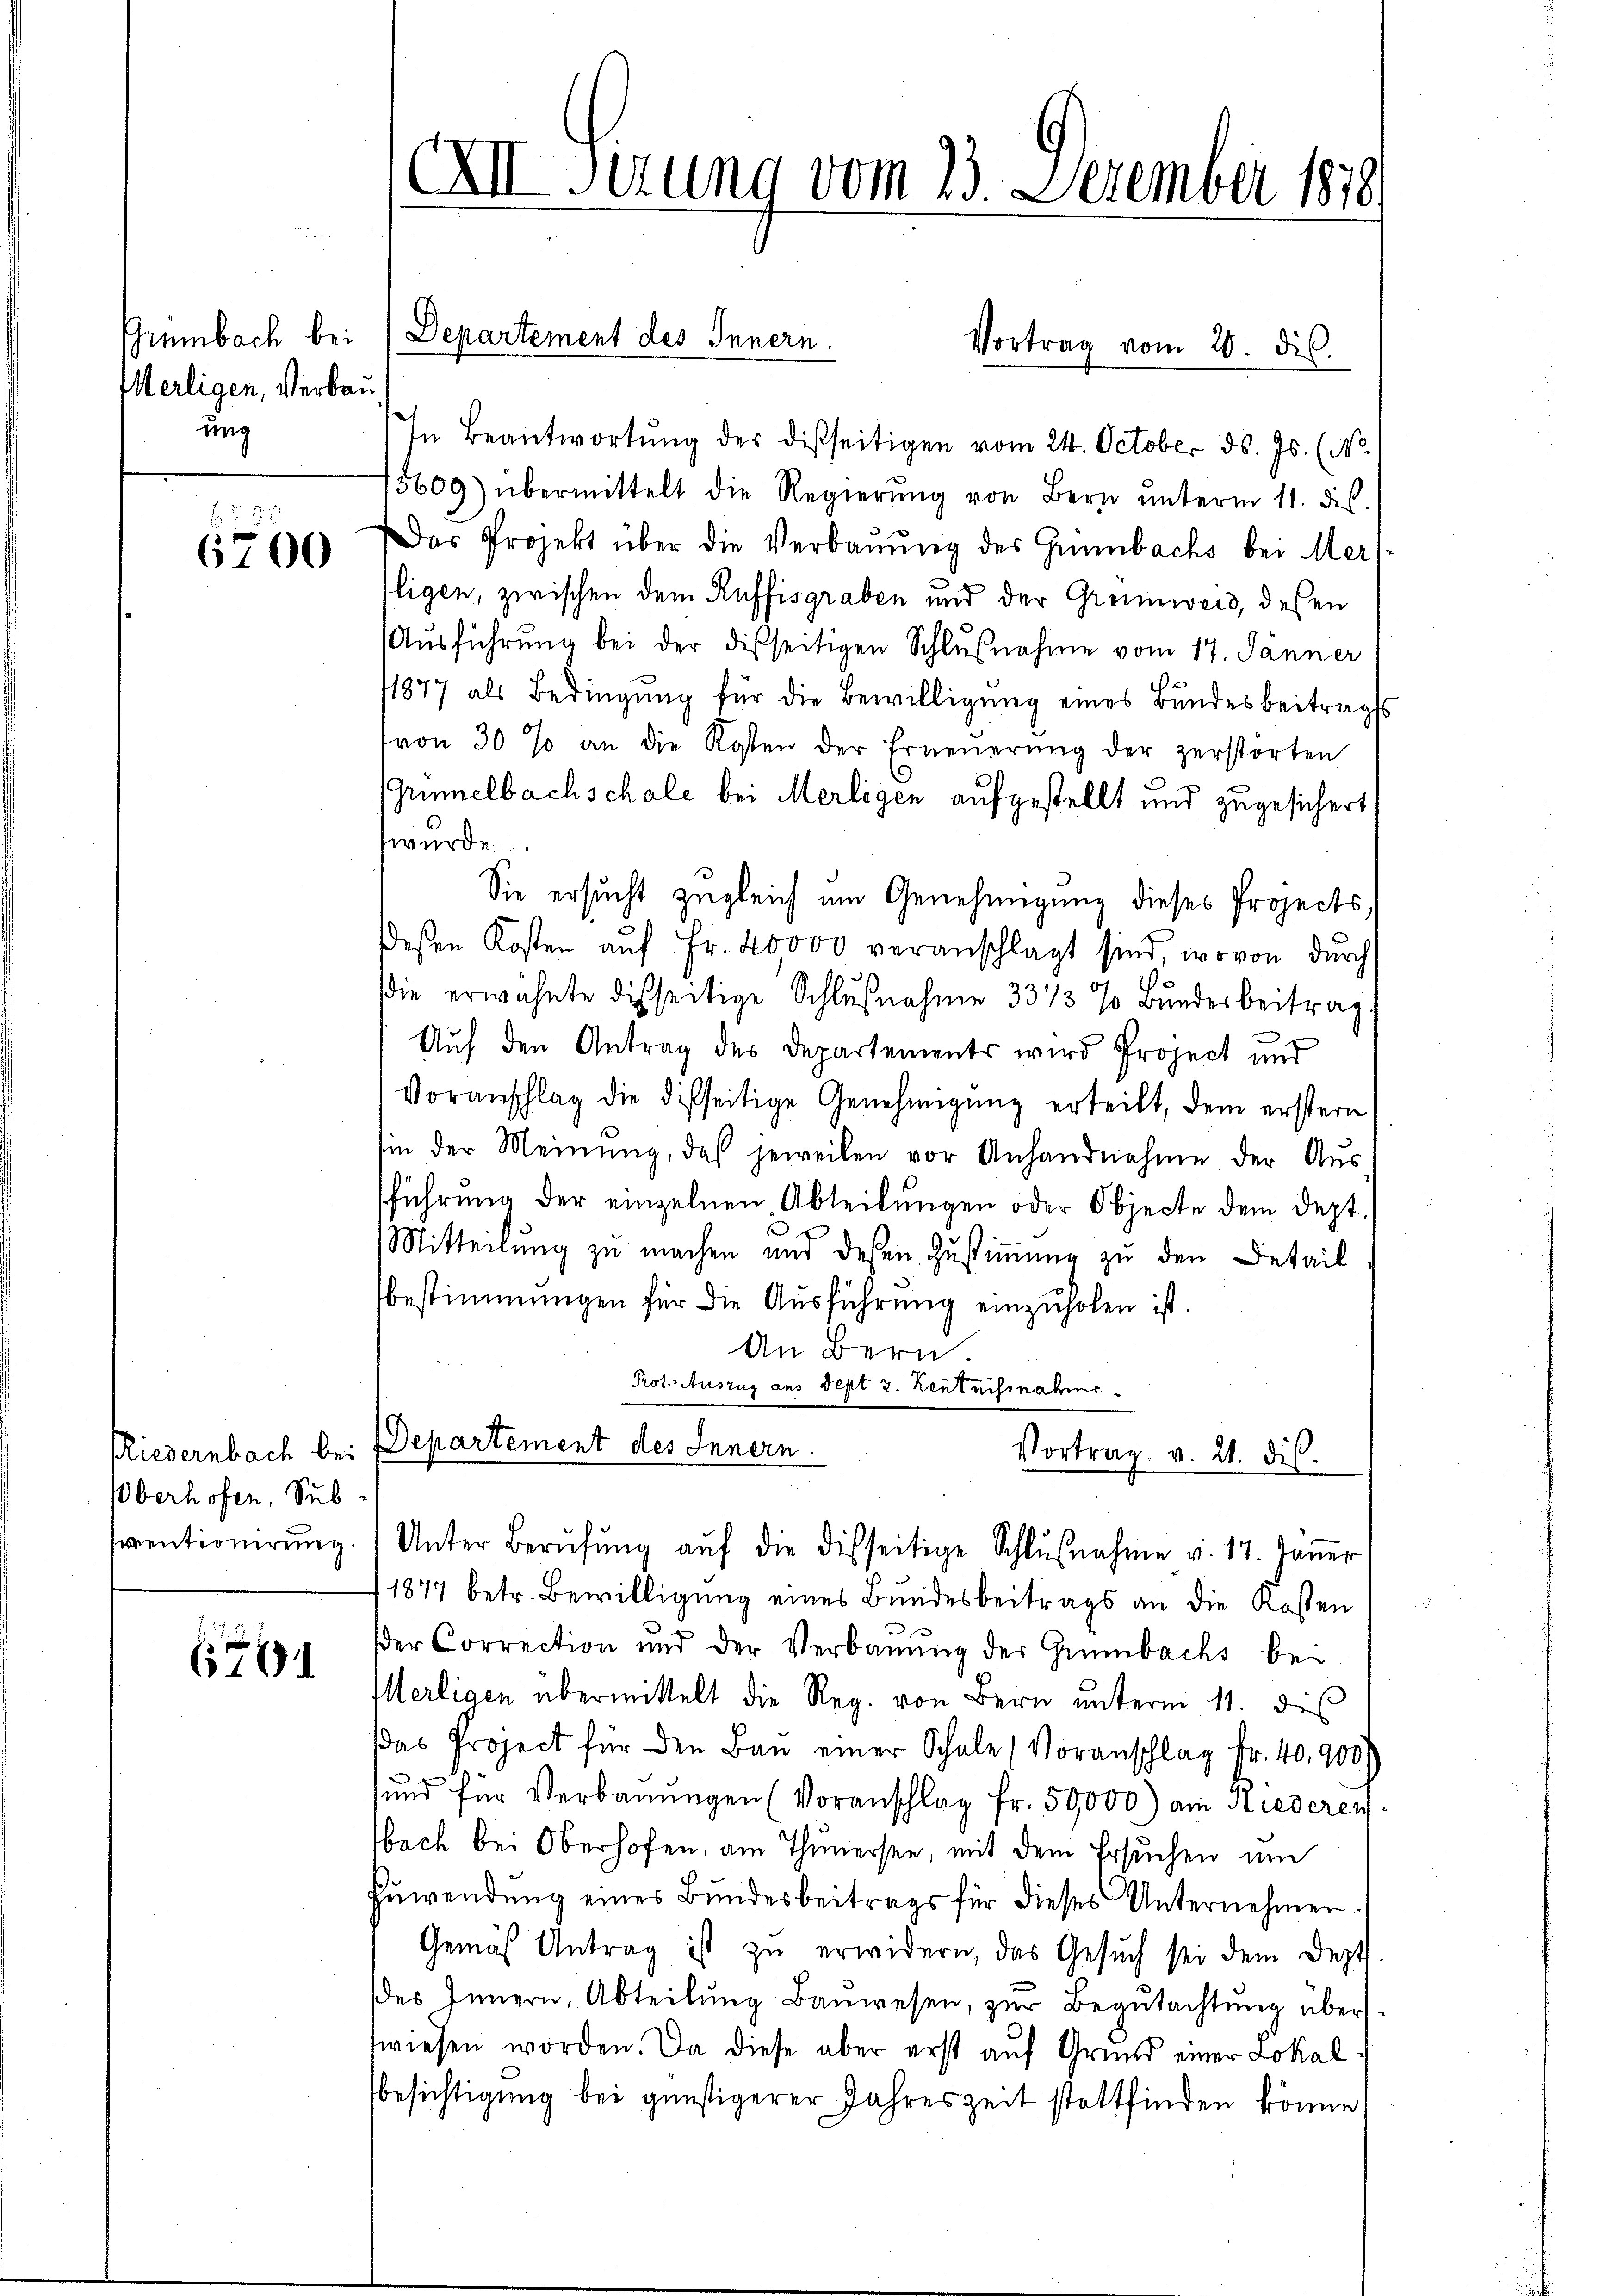
Grumbach bei
Herligen, Verbau
ung

6. 783
6700

Riedernbach bei
Überhofen, Subsiventionirung.

6

XII Sirung vom 23. Dezember 1810.

In Beantwortŭng des disseitigen vom 24. October ds. Js. (No
15609) übermittelt die Regierŭng von Bern ŭnterm 11. dis.
Das Projekt über die Verbaŭŭng des Grünbachs bei Mers
ligen, zwischen dem Ruffisgraben und der Grünweid, deßen
Ausführung bei der disseitigen Schlußnahme vom 17. Jänner
1877 als Bedingŭng für die Bewilligŭng eines Bundesbeitrag
von 30 % an die Kosten der Erneŭerŭng der zerstorten
Grümmelbachschale bei Merligen aufgestellt und zugesichert
würde.
Sie ersucht zugleich um Genehmigung dieses Projects
eßen Kosten aŭf Fr. 20000 veranschlagt sind, wovon durch
die erwähnte disseitige Schlußnahme 333 % Bundesbeitrag
Auf den Antrag des Departements wird Project und
Voranschlag die disseitige Genehmigung erteilt, dem erstern
hin der Meinung, daß jeweilen vor Anhandnahme der Aus
sführung der einzelnen Abteilungen oder Objecte dem Sept.
Mitteilung zu machen und deßen Zustimmung zu den Detail
bestimmungen für die Aŭsführung einzŭholen ist.
An Bern.
Prot. Auszug aus Sept v. Leutnisnahme
DDepartement des Innern.

Departement des Innern.

Vortrag vom 20. ds.

1877 betr. Bewilligung eines Bundesbeitrags an die Kosten
der Correction und der Verbaŭŭng der Grünbachs be-
Ilerligen übermittelt die Reg. von Bern unterm 11. des
das Project für den Bau einer Schale (Voranschlag Fr. 40,900)
.
sund für Verbauungen (Voranschlag Fr. 50000) am Riederen.
Noch bei Oberhofen, am Thunersee, mit dem Ersuchen um
Zuwendŭng eines Bundesbeitrags für dieses Unternehmer
Gemäß Antrag ist zŭ erwidern, das Gesŭch sei dem Dept
es Innern, Abteilŭng Baŭwesen, zŭr Begŭtachtŭng über
fwiesen worden. Da diese aber erst auf Grund einer Lokalbesichtigung bei günstigerer Jahreszeit stattfinden könne

Vortrag. v. 21. dis
Unter Berŭfŭng aŭf die disseitige Schlŭβnahme v. 17. Jaṅer